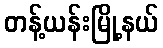
တန့်ယန်းမြို့နယ်